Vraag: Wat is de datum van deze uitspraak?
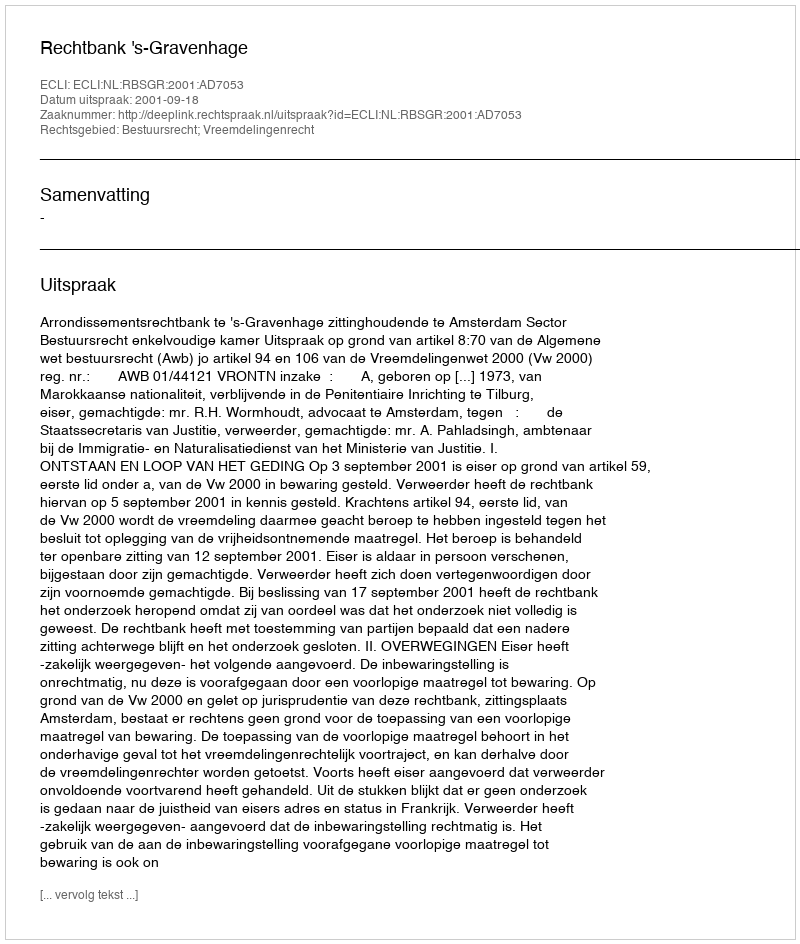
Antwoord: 2001-09-18